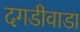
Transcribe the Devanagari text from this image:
दगडीवाडा